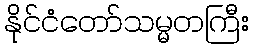
နိုင်ငံတော်သမ္မတကြီး